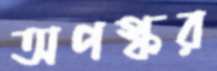
অপস্কর